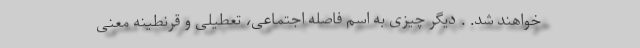
خواهند شد. . دیگر چیزی به اسم فاصله اجتماعی، تعطیلی و قرنطینه معنی